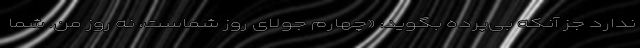
ندارد جز آنکه بی‌پرده بگوید: «چهارم جولای روز شماست، نه روز من. شما